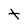
Character: t